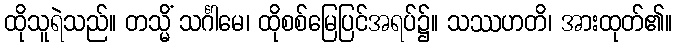
ထိုသူရဲသည်။ တသ္မိံ သင်္ဂါမေ၊ ထိုစစ်မြေပြင်အရပ်၌။ သဿဟတိ၊ အားထုတ်၏။